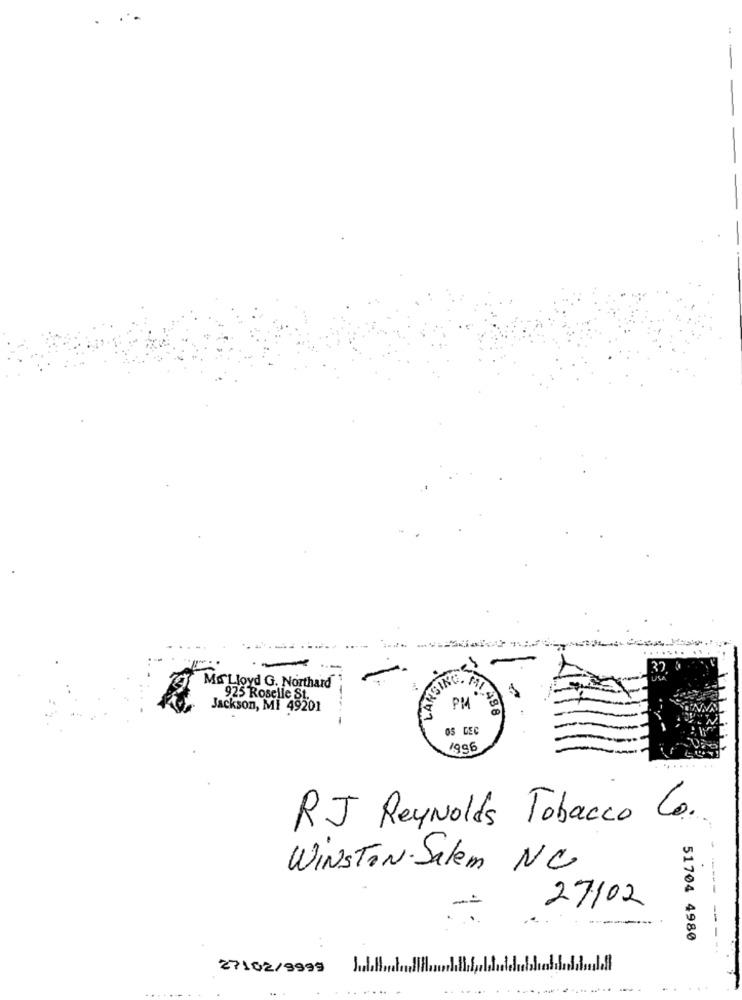
-
-
MA Lloyd G. Northard
VISH
925 Roselle St.
Jackson, Mi 49201
PM 60
OS DEC
1996
......
RJ Reynolds Tobacco Co.
WINSTON-Salem NC
27/02
-
51704 4980
27102/9999
.
.--.